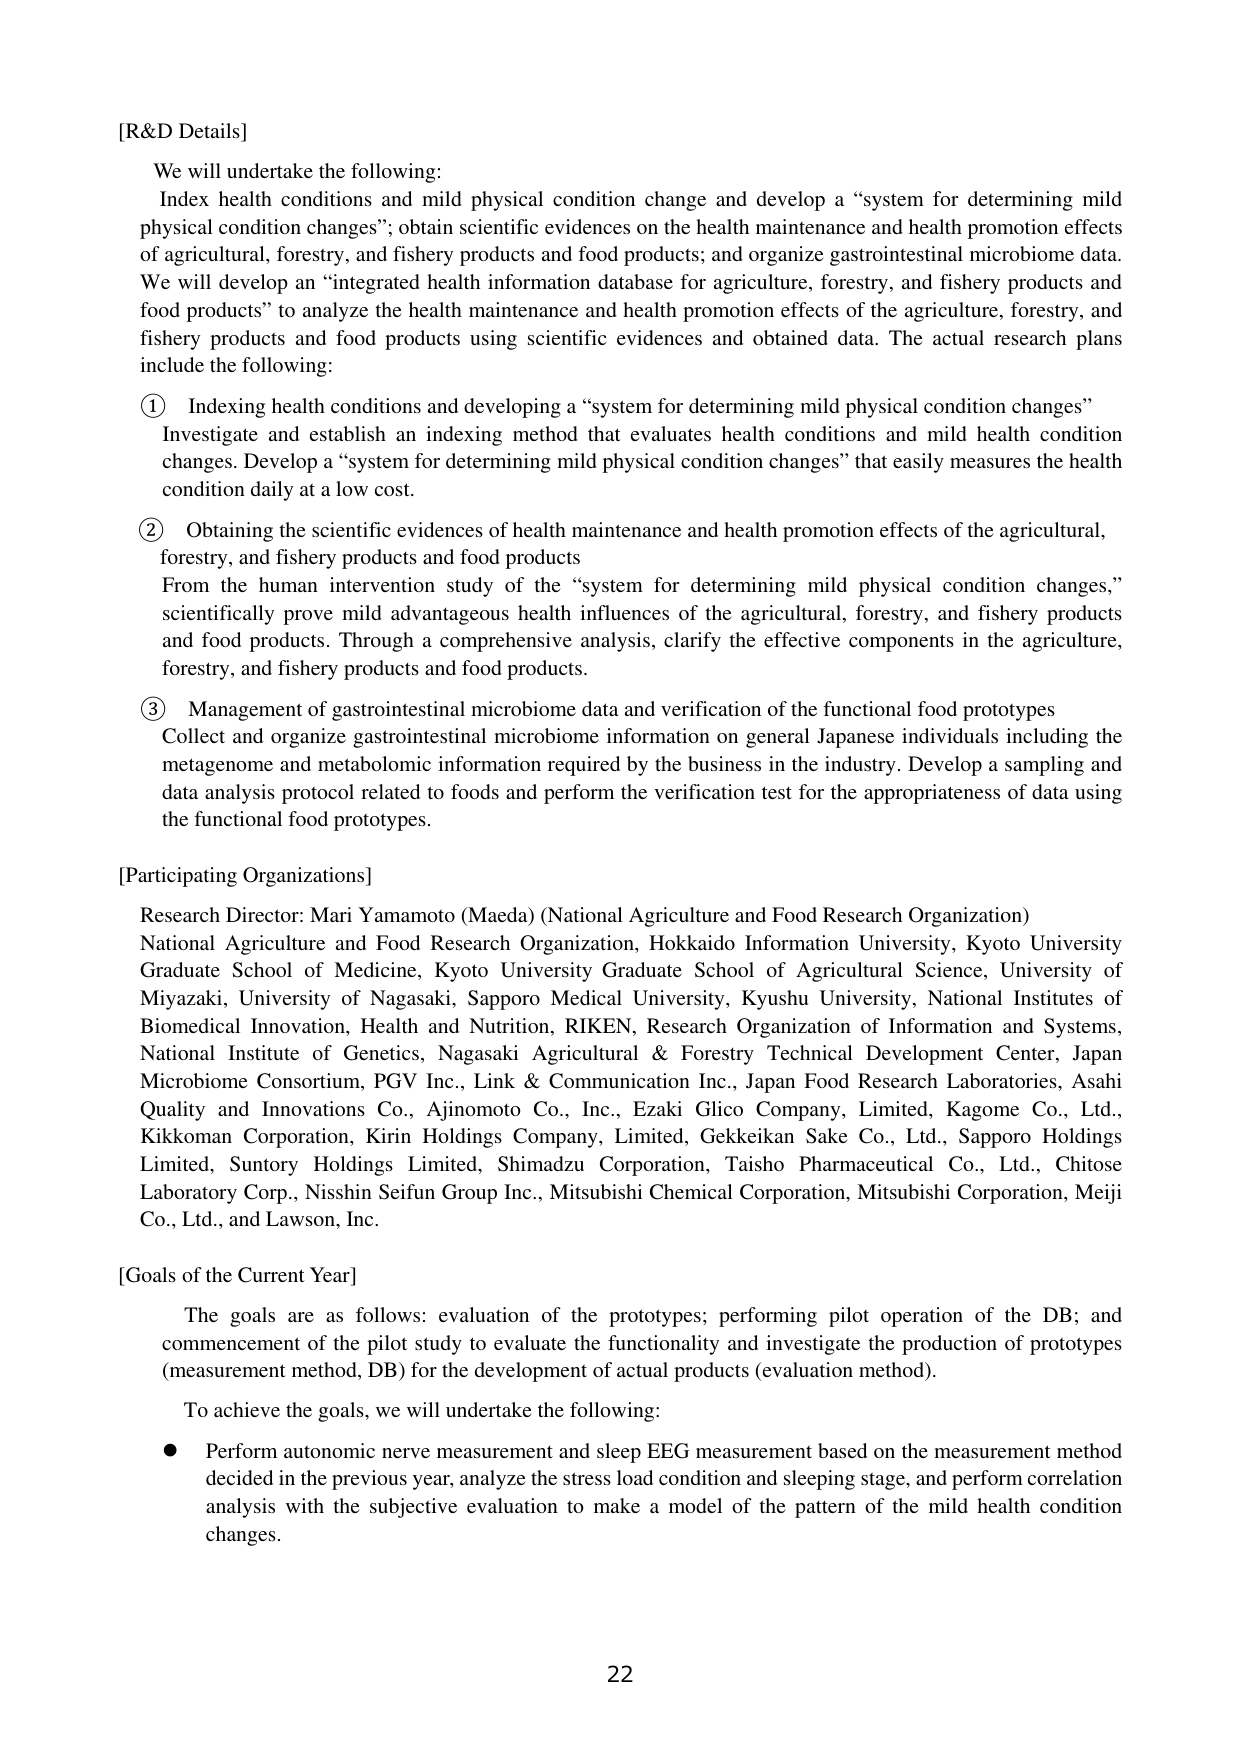
[R&D Details]

We will undertake the following:
Index health conditions and mild physical condition change and develop a “system for determining mild physical condition changes”; obtain scientific evidences on the health maintenance and health promotion effects of agricultural, forestry, and fishery products and food products; and organize gastrointestinal microbiome data. We will develop an “integrated health information database for agriculture, forestry, and fishery products and food products” to analyze the health maintenance and health promotion effects of the agriculture, forestry, and fishery products and food products using scientific evidences and obtained data. The actual research plans include the following:

① Indexing health conditions and developing a “system for determining mild physical condition changes”
Investigate and establish an indexing method that evaluates health conditions and mild health condition changes. Develop a “system for determining mild physical condition changes” that easily measures the health condition daily at a low cost.

② Obtaining the scientific evidences of health maintenance and health promotion effects of the agricultural, forestry, and fishery products and food products
From the human intervention study of the “system for determining mild physical condition changes,” scientifically prove mild advantageous health influences of the agricultural, forestry, and fishery products and food products. Through a comprehensive analysis, clarify the effective components in the agriculture, forestry, and fishery products and food products.

③ Management of gastrointestinal microbiome data and verification of the functional food prototypes
Collect and organize gastrointestinal microbiome information on general Japanese individuals including the metagenome and metabolome information required by the business in the industry. Develop a sampling and data analysis protocol related to foods and perform the verification test for the appropriateness of data using the functional food prototypes.

[Participating Organizations]

Research Director: Mari Yamamoto (Maeda) (National Agriculture and Food Research Organization)
National Agriculture and Food Research Organization, Hokkaido Information University, Kyoto University Graduate School of Medicine, Kyoto University Graduate School of Agricultural Science, University of Miyazaki, University of Nagasaki, Sapporo Medical University, Kyushu University, National Institutes of Biomedical Innovation, Health and Nutrition, RIKEN, Research Organization of Information and Systems, National Institute of Genetics, Nagasaki Agricultural & Forestry Technical Development Center, Japan Microbiome Consortium, PGV Inc., Link & Communication Inc., Japan Food Research Laboratories, Asahi Quality and Innovations Co., Ajinomoto Co., Inc., Ezaki Glico Company, Limited, Kagome Co., Ltd., Kikkoman Corporation, Kirin Holdings Company, Limited, Gekkeikan Sake Co., Ltd., Sapporo Holdings Limited, Suntory Holdings Limited, Shimadzu Corporation, Taisho Pharmaceutical Co., Ltd., Chitose Laboratory Corp., Nissin Seifun Group Inc., Mitsubishi Chemical Corporation, Mitsubishi Corporation, Meiji Co., Ltd., and Lawson, Inc.

[Goals of the Current Year]

The goals are as follows: evaluation of the prototypes; performing pilot operation of the DB; and commencement of the pilot study to evaluate the functionality and investigate the production of prototypes (measurement method, DB) for the development of actual products (evaluation method).

To achieve the goals, we will undertake the following:
• Perform autonomic nerve measurement and sleep EEG measurement based on the measurement method decided in the previous year, analyze the stress load condition and sleeping stage, and perform correlation analysis with the subjective evaluation to make a model of the pattern of the mild health condition changes.

22